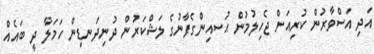
އަދި އަސްވާރުން ކުރިއަށް ޖެހިލުމުން ޙުސއިންގެފާނުގެ ލަޝްކަރުން ދުނިދަނޑިން ހަމަލާ ދީ ބައެއް